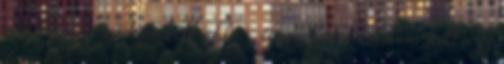
mindössze annyit kell ehhez tenni, hogy küldeni kell egy